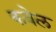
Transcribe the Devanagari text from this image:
कवेल